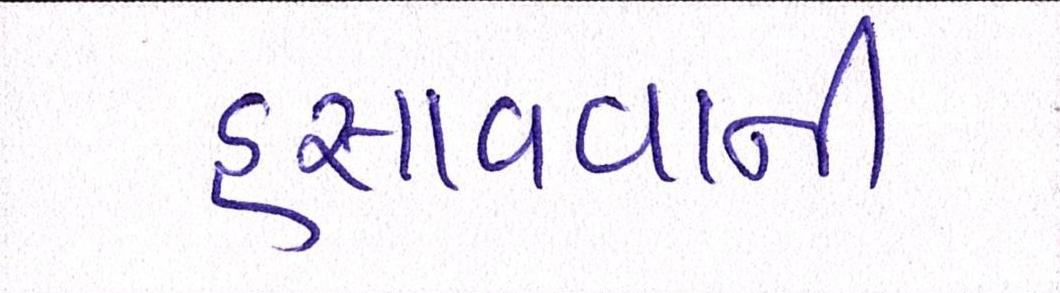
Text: હસાવવાની